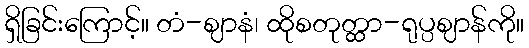
ရှိခြင်းကြောင့်။ တံ-ဈာနံ၊ ထိုစတုတ္ထာ-ရုပ္ပဈာန်ကို။